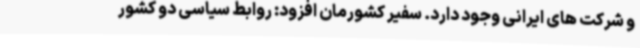
و شرکت های ایرانی وجود دارد. سفیر کشورمان افزود: روابط سیاسی دو کشور